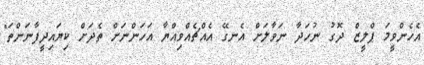
އެހެންވީމަ ޕްލީޒް ދޮގު ނުހަދާ ނަވާލަށް އެނގޭ އެއްޗެއްވިއްޔާ އަހަންނަށް ތެދަށް ކިޔައިދީފާނަންތަ"